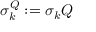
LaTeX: \sigma _ { k } ^ { Q } : = \sigma _ { k } Q